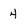
Character: 4